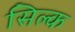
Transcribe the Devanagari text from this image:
सिल्‍क